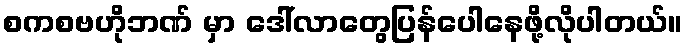
စကစဗဟိုဘဏ် မှာ ဒေါ်လာတွေပြန်ပေါနေဖို့လိုပါတယ်။